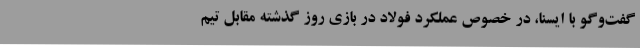
گفت‌وگو با ایسنا، در خصوص عملکرد فولاد در بازی روز گذشته مقابل تیم